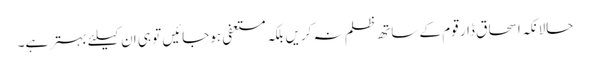
حالانکہ اسحاق ڈار قوم کے ساتھ ظلم نہ کریں بلکہ مستعفی ہوجائیں تو ہی ان کیلئے بہتر ہے۔